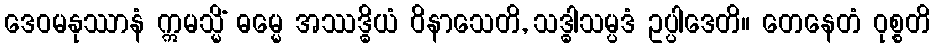
ဒေဝမနုဿာနံ ဣမသ္မိံ ဓမ္မေ အဿဒ္ဓိယံ ဝိနာသေတိ, သဒ္ဓါသမ္ပဒံ ဥပ္ပါဒေတိ။ တေနေတံ ဝုစ္စတိ